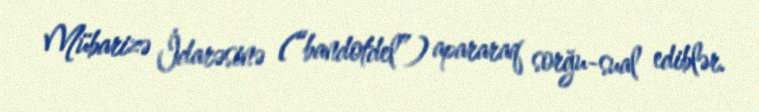
Mübarizə İdarəsinə (“bandotdel”) apararaq sorğu-sual ediblər.